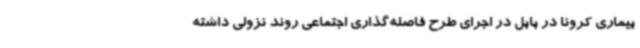
بیماری کرونا در بابل در اجرای طرح فاصله‌گذاری اجتماعی روند نزولی داشته